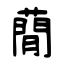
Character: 蕑